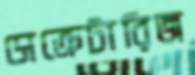
সেক্রেটারিজ